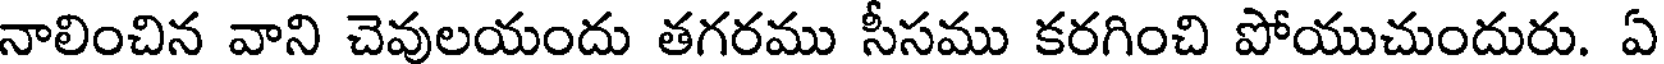
నాలించిన వాని చెవులయందు తగరము సీసము కరగించి పోయుచుందురు. ఏ